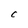
Character: C